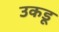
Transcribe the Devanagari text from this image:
उकडू